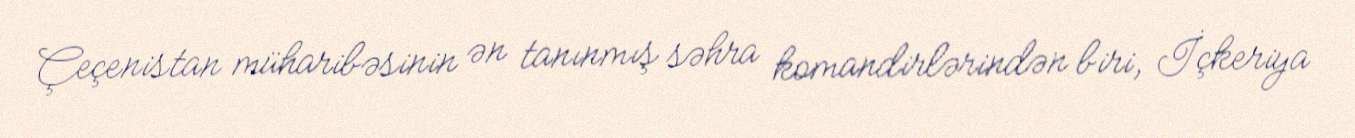
Çeçenistan müharibəsinin ən tanınmış səhra komandirlərindən biri, İçkeriya